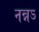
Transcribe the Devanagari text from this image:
नन्नऽ